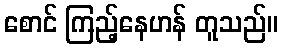
စောင် ကြည့်နေဟန် တူသည်။